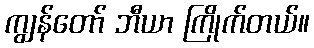
ကျွန်တော် ဘီယာ ကြိုက်တယ်။